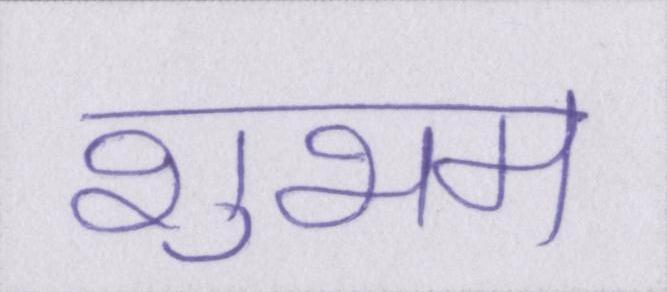
शुभम